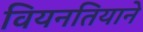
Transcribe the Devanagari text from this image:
वियनतियाने